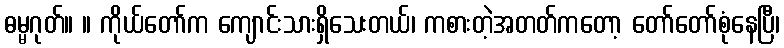
ဓမ္မဂုတ်။ ။ ကိုယ်တော်က ကျောင်းသားရှိသေးတယ်၊ ကစားတဲ့အတတ်ကတော့ တော်တော်စုံနေပြီ၊